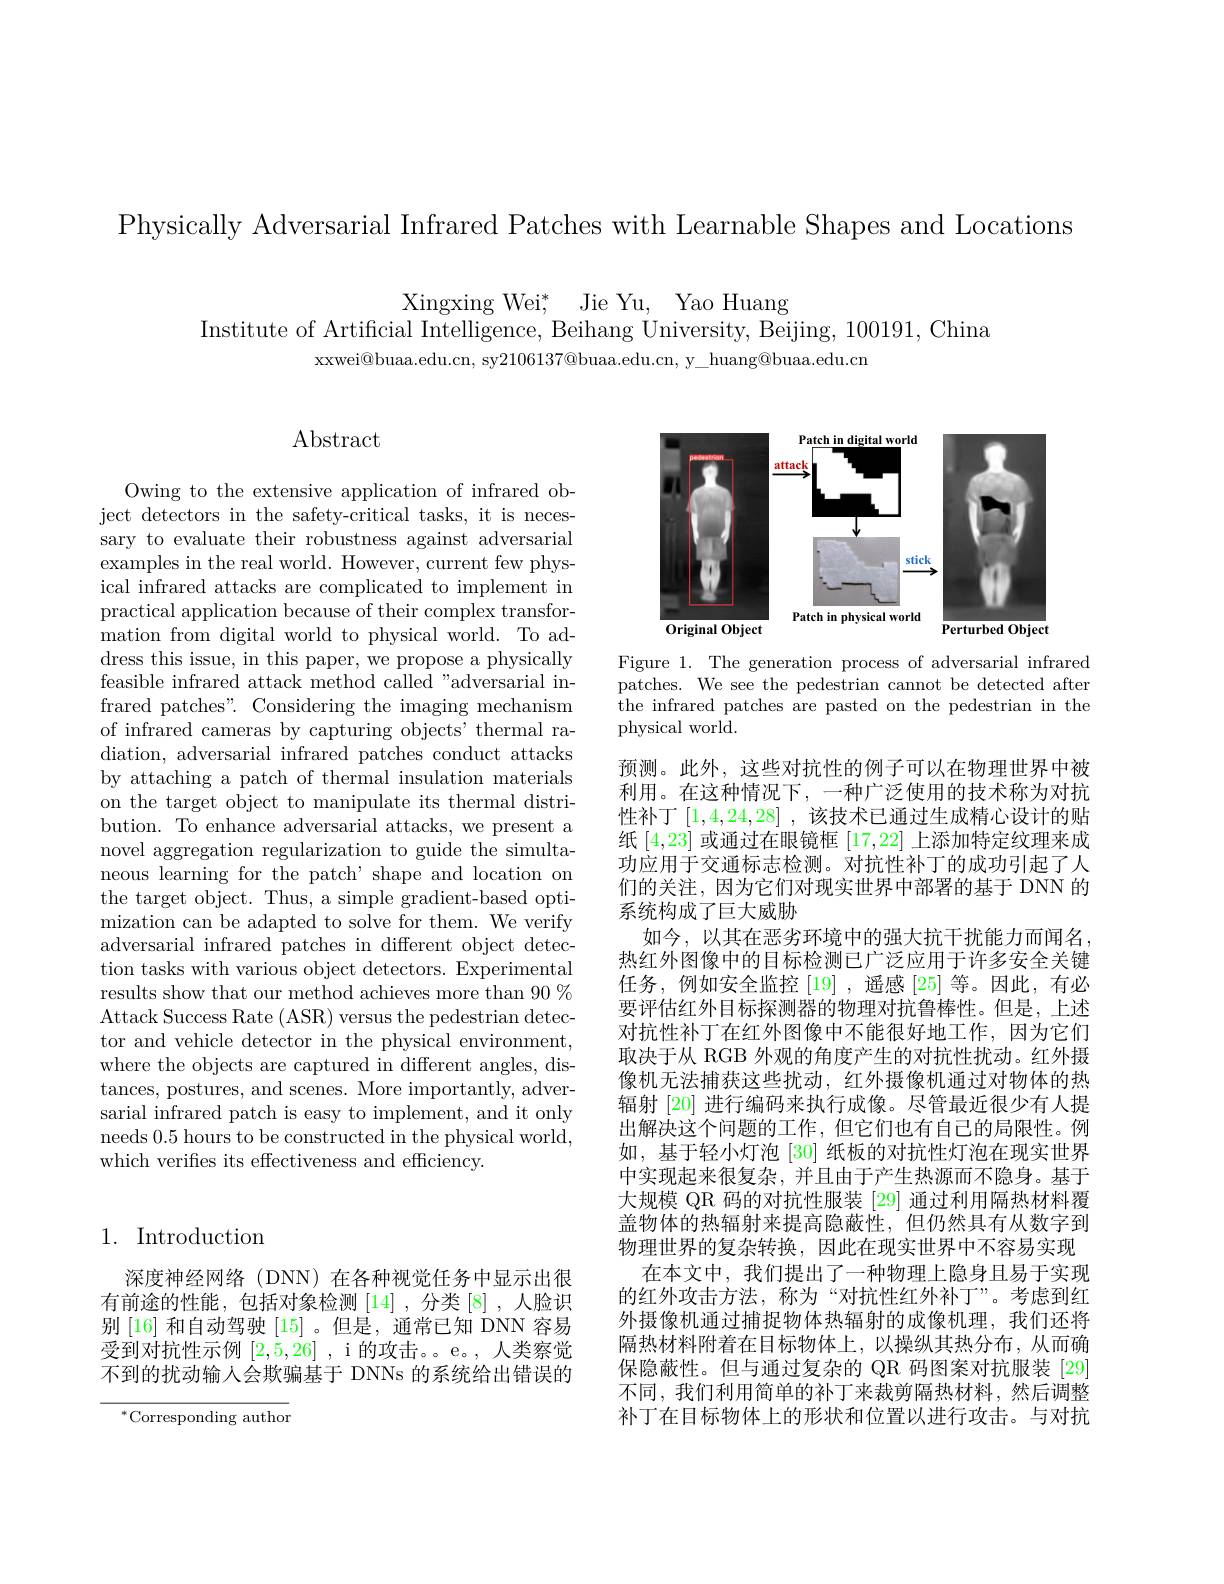
Physically Adversarial Infrared Patches with Learnable Shapes and Locations

Xingxing Wei$^* $, Jie Yu, Yao Huang
Institute of Artificial Intelligence, Beihang University, Beijing, 100191, China
xxwei@buaa.edu.cn, sy$2106137@$buaa.edu.cn, y\_huang@buaa.edu.cn

## Abstract

Owing to the extensive application of infrared object detectors in the safety-critical tasks, it is necessary to evaluate their robustness against adversarial examples in the real world. However, current few physical infrared attacks are complicated to implement in practical application because of their complex transformation from digital world to physical world. To address this issue, in this paper, we propose a physically feasible infrared attack method called "adversarial infrared patches". Considering the imaging mechanism of infrared cameras by capturing objects' thermal radiation, adversarial infrared patches conduct attacks by attaching a patch of thermal insulation materials on the target object to manipulate its thermal distribution. To enhance adversarial attacks, we present a novel aggregation regularization to guide the simultaneous learning for the patch' shape and location on the target object. Thus, a simple gradient-based optimization can be adapted to solve for them. We verify adversarial infrared patches in different object detection tasks with various object detectors. Experimental results show that our method achieves more than 90% Attack Success Rate (ASR) versus the pedestrian detector and vehicle detector in the physical environment, where the objects are captured in different angles, distances, postures, and scenes. More importantly, adversarial infrared patch is easy to implement, and it only needs 0.5 hours to be constructed in the physical world, which verifies its effectiveness and efficiency.

## 1. Introduction

深度神经网络(DNN)在各种视觉任务中显示出很有前途的性能，包括对象检测[14],分类[8],人脸识别[16]和自动驾驶[15] 。但是，通常已知 DNN 容易受到对抗性示例[2,5,26] ,i 的攻击。e。,人类察觉不到的扰动输人会欺骗基于 DNNs 的系统给出错误的

$^{*}$Corresponding author

<FigureHere>

Figure 1. The generation process of adversarial infrared patches. We see the pedestrian cannot be detected after the infrared patches are pasted on the pedestrian in the physical world.

预测。此外，这些对抗性的例子可以在物理世界中被利用。在这种情况下，一种广泛使用的技术称为对抗性补丁[1,4,24,28] ,该技术已通过生成精心设计的贴纸[4,23]或通过在眼镜框[17,22]上添加特定纹理来成功应用于交通标志检测。对抗性补丁的成功引起了人们的关注，因为它们对现实世界中部署的基于 DNN 的系统构成了巨大威胁
如今，以其在恶劣环境中的强大抗干扰能力而闻名， 热红外图像中的目标检测已广泛应用于许多安全关键任务，例如安全监控[19] ,遥感[25] 等。因此，有必要评估红外目标探测器的物理对抗鲁棒性。但是，上述对抗性补丁在红外图像中不能很好地工作，因为它们取决于从 RGB 外观的角度产生的对抗性扰动。红外摄像机无法捕获这些扰动，红外摄像机通过对物体的热辐射[20] 进行编码来执行成像。尽管最近很少有人提出解决这个问题的工作，但它们也有自己的局限性。例如，基于轻小灯泡[30] 纸板的对抗性灯泡在现实世界中实现起来很复杂，并且由于产生热源而不隐身。基于大规模 QR 码的对抗性服装 [29] 通过利用隔热材料覆盖物体的热辐射来提高隐蔽性，但仍然具有从数字到物理世界的复杂转换，因此在现实世界中不容易实现
在本文中，我们提出了一种物理上隐身且易于实现的红外攻击方法，称为“对抗性红外补丁”。考虑到红外摄像机通过捕捉物体热辐射的成像机理，我们还将隔热材料附着在目标物体上，以操纵其热分布，从而确保隐蔽性。但与通过复杂的 QR 码图案对抗服装 [29] 不同，我们利用简单的补丁来裁剪隔热材料，然后调整补丁在目标物体上的形状和位置以进行攻击。与对抗